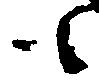
も